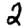
Digit: 2